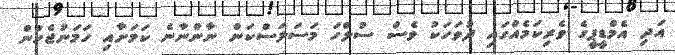
އަދި އެމްޑީޕީގެ ވެރިކަމެއްގައި ދުވަހަކު ވެސް ސުލްހަ މަސަލަސްކަން ނާންނާނެ ކަމަށާއި ހަމަނުޖެހުން